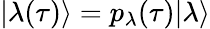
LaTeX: \vert\lambda(\tau)\rangle=p_{\lambda}(\tau)\vert\lambda\rangle